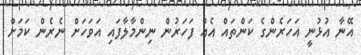
އޭނާ އުޅުނީ އަހަރެންގެ ކަންތައް އެއް ފަހަރުން ނިންމާލާފައި އަވަހަށް ނެރެން ކަމަށް